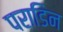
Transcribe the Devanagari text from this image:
पराडिन